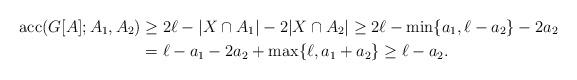
LaTeX: \begin{align*} {\rm acc}(G[A];A_1,A_2) &\geq 2\ell - |X \cap A_1| - 2|X \cap A_2| \geq 2\ell - \min \lbrace a_1,\ell-a_2 \rbrace - 2a_2\\&= \ell - a_1 - 2 a_2 + \max \lbrace \ell,a_1+a_2 \rbrace \geq \ell-a_2.\end{align*}